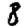
Digit: 8